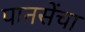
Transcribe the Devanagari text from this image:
पानसेंचा